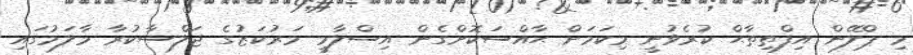
މި ޕްލޭން އިފްތިތާޙް ކުރެވުނީ މިކަމަށް ޙާއްސަކޮށްގެން އިސްލާމީ މަރުކަޒުގެ ޖަލްސާކުރާ މާލަމުގައި